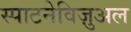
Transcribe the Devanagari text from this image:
स्पाटनेविज़ुअल